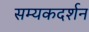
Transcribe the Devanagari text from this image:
सम्यकदर्शन